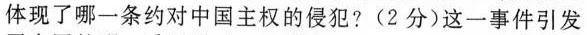
体现了哪一条约对中国主权的侵犯?(2分)这一事件引发